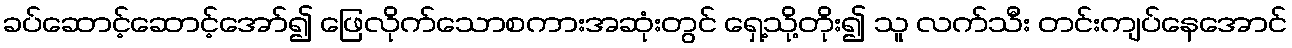
ခပ်ဆောင့်ဆောင့်အော်၍ ဖြေလိုက်သောစကားအဆုံးတွင် ရှေ့သို့တိုး၍ သူ လက်သီး တင်းကျပ်နေအောင်